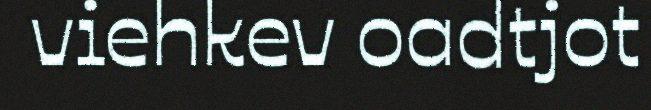
viehkev oadtjot